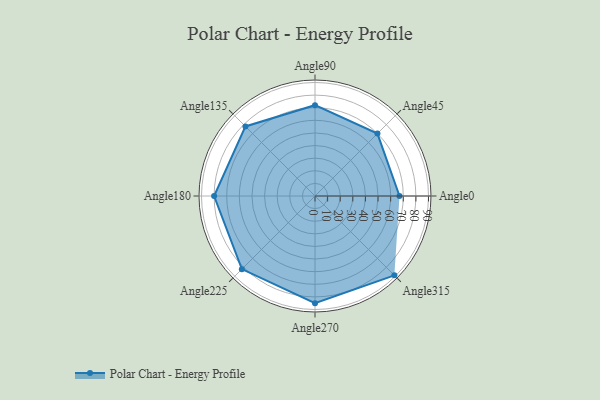
{"axis": {"x": "Angle", "y": "Radius"}, "legend": [""], "data": [{"x": "Angle0", "y": 67.0, "type": ""}, {"x": "Angle45", "y": 70.0, "type": ""}, {"x": "Angle90", "y": 72.0, "type": ""}, {"x": "Angle135", "y": 78.0, "type": ""}, {"x": "Angle180", "y": 80.0, "type": ""}, {"x": "Angle225", "y": 82.0, "type": ""}, {"x": "Angle270", "y": 85.0, "type": ""}, {"x": "Angle315", "y": 89.0, "type": ""}]}